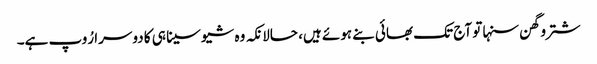
شتروگھن سنہا تو آج تک بھائی بنے ہوئے ہیں، حالانکہ وہ شیوسینا ہی کا دوسرا رُوپ ہے۔